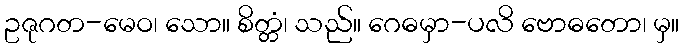
ဥဇုဂတ-မေဝ၊ သော။ စိတ္တံ၊ သည်။ ဂေဓမှာ-ပလိ ဗောဓတော၊ မှ။